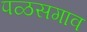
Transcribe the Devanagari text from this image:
पळसगाव